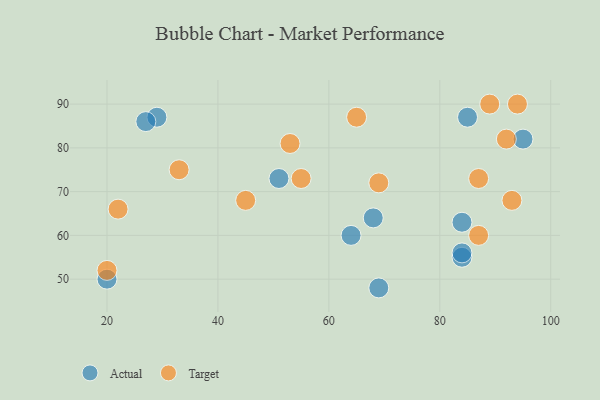
{"axis": {"x": "GDP", "y": "Life Expectancy"}, "legend": ["Actual", "Target"], "data": [{"x": "84", "y": 55, "type": "Actual"}, {"x": "64", "y": 60, "type": "Actual"}, {"x": "68", "y": 64, "type": "Actual"}, {"x": "51", "y": 73, "type": "Actual"}, {"x": "20", "y": 50, "type": "Actual"}, {"x": "95", "y": 82, "type": "Actual"}, {"x": "84", "y": 63, "type": "Actual"}, {"x": "29", "y": 87, "type": "Actual"}, {"x": "27", "y": 86, "type": "Actual"}, {"x": "84", "y": 56, "type": "Actual"}, {"x": "69", "y": 48, "type": "Actual"}, {"x": "85", "y": 87, "type": "Actual"}, {"x": "55", "y": 73, "type": "Target"}, {"x": "45", "y": 68, "type": "Target"}, {"x": "20", "y": 52, "type": "Target"}, {"x": "89", "y": 90, "type": "Target"}, {"x": "22", "y": 66, "type": "Target"}, {"x": "87", "y": 73, "type": "Target"}, {"x": "93", "y": 68, "type": "Target"}, {"x": "53", "y": 81, "type": "Target"}, {"x": "65", "y": 87, "type": "Target"}, {"x": "92", "y": 82, "type": "Target"}, {"x": "94", "y": 90, "type": "Target"}, {"x": "69", "y": 72, "type": "Target"}, {"x": "87", "y": 60, "type": "Target"}, {"x": "33", "y": 75, "type": "Target"}]}